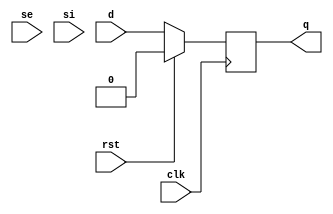
module sdff (se,si,clk,rst,d,q);
input se,si,clk,rst,d;
output q;
  always @(posedge clk) 
  begin
    if (rst)
      q <= 1'b0;
    else
      q <= d;
  end

endmodule